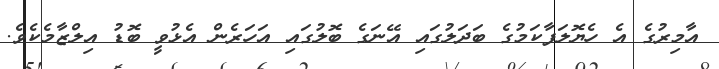
އާމިރުގެ އެ ހެޔޮލަފާކަމުގެ ބަދަލުގައި އޭނަގެ ބޮލުގައި އަހަރެން އެޅުވީ ބޮޑު އިލްޒާމެކެވެ.